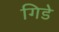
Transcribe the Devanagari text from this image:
गिडे